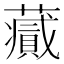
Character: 𧂪